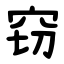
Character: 窃